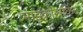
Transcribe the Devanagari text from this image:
माइक्रोसर्किट